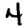
Digit: 4